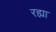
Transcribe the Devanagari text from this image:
रह्या